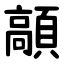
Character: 䯪